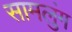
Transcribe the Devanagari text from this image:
सामलुंग